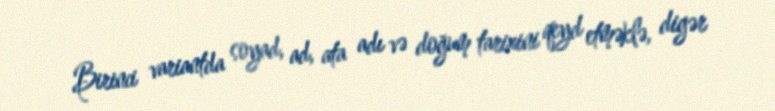
Birinci variantda soyad, ad, ata adı və doğum tarixini qeyd etməklə, digər